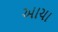
આચા